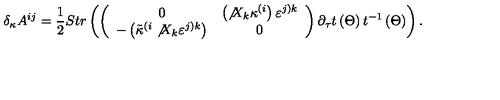
\delta _ { \kappa } A ^ { i j } = \frac 1 2 S t r \left( \left( \begin{array} { c c } { 0 } & { \left( \not { X } _ { k } \kappa ^ { ( i } \right) \varepsilon ^ { j ) k } } \\ { - \left( \tilde { \kappa } ^ { ( i } \not { X } _ { k } \varepsilon ^ { j ) k } \right) } & { 0 } \\ \end{array} \right) \partial _ { \tau } t \left( \Theta \right) t ^ { - 1 } \left( \Theta \right) \right) .